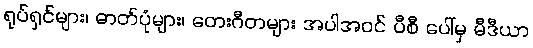
ရုပ်ရှင်များ၊ ဓာတ်ပုံများ၊ တေးဂီတများ အပါအဝင် ပီစီ ပေါ်မှ မီဒီယာ